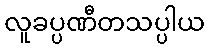
လူခပ္ပဏီတသပ္ပါယ